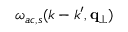
\omega _ { a c , s } ( k - k ^ { \prime } , \mathbf { q } _ { \perp } )